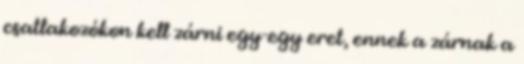
csatlakozókon kell zárni egy-egy eret, ennek a zárnak a